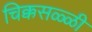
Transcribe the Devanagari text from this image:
चिक्कसळ्ळी